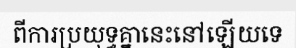
ពីការប្រយុទ្ធគ្នានេះនៅឡើយទេ